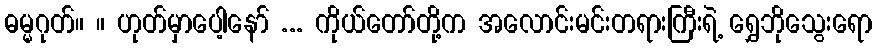
ဓမ္မဂုတ်။ ။ ဟုတ်မှာပေါ့နော် ... ကိုယ်တော်တို့က အလောင်းမင်းတရားကြီးရဲ့ ရွှေဘိုသွေးရော